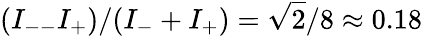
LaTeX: (I_{--}I_{+})/(I_{-}+I_{+})=\sqrt{2}/8\approx 0.18